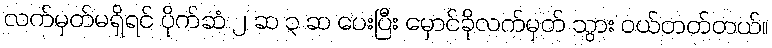
လက်မှတ်မရှိရင် ပိုက်ဆံ ၂ ဆ ၃ ဆ ပေးပြီး မှောင်ခိုလက်မှတ် သွား ဝယ်တတ်တယ်။